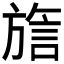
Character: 𬀍